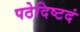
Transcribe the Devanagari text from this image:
पठेदिष्टदं